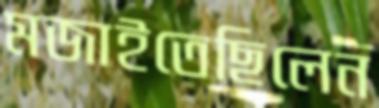
মজাইতেছিলেন